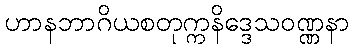
ဟာနဘာဂိယစတုက္ကနိဒ္ဒေသဝဏ္ဏနာ